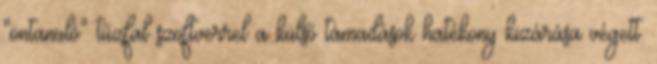
"öntanuló" tűzfal szoftverrel a külső támadások hatékony kizárása végett.